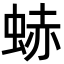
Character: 𧋒